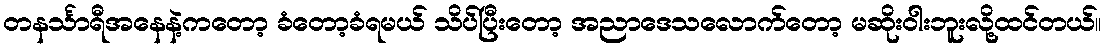
တနင်္သာရီအနေနဲ့ကတော့ ခံတော့ခံရမယ် သိပ်ပြီးတော့ အညာဒေသလောက်တော့ မဆိုးဝါးဘူးလို့ထင်တယ်။